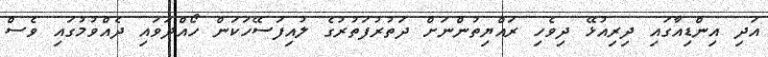
އަދި އިންޑިއާގައި ދިރިއުޅޭ ދިވެހި ރައްޔިތުންނަށް ދަތުރުފަތުރުގެ ލުއިފަސޭހަކަން ހޯއްދަވައި ދެއްވުމުގައި ވެސް